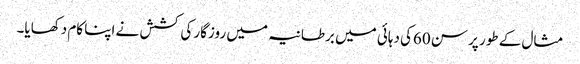
مثال کے طور پر سن 60کی دہائی میں برطانیہ میں روزگار کی کشش نے اپنا کام دکھایا۔